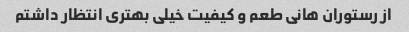
از رستوران هانی طعم و کیفیت خیلی بهتری انتظار داشتم